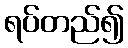
ရပ်တည်၍